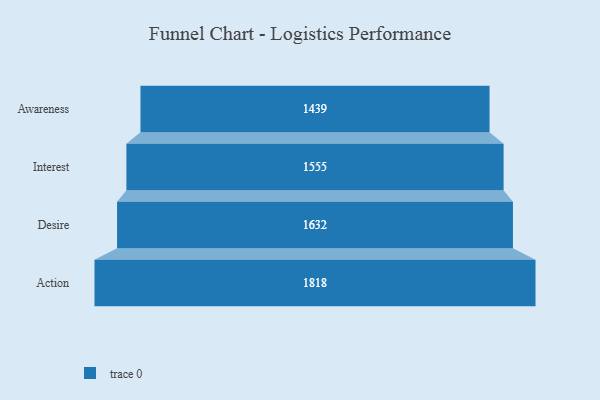
{"axis": {"x": "Stage", "y": "Value"}, "legend": [""], "data": [{"x": "Awareness", "y": 1439.0, "type": ""}, {"x": "Interest", "y": 1555.0, "type": ""}, {"x": "Desire", "y": 1632.0, "type": ""}, {"x": "Action", "y": 1818.0, "type": ""}]}